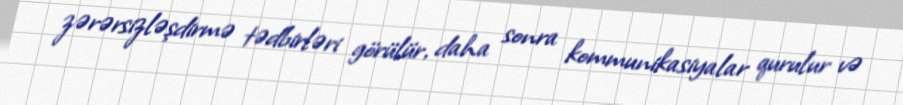
zərərsizləşdirmə tədbirləri görülür, daha sonra kommunikasiyalar qurulur və